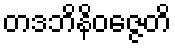
တဒဘိနိဝဇ္ဇေတိ